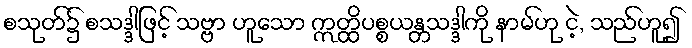
စသုတ်၌ စသဒ္ဒါဖြင့် သဗ္ဗာ ဟူသော ဣတ္ထိပစ္စယန္တသဒ္ဒါကို နာမ်ဟု ငဲ့, သည်ဟူ၍